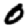
Digit: 0